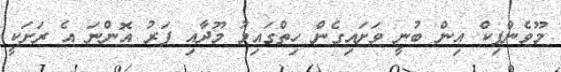
މޫވެންޕިކް އިން ބުނީ ވަށައިގެން ހިތްގައިމު މޫދާއި ފަރު އޮންނަ އެ ރަށަކީ